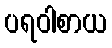
ပရဝါစာယ